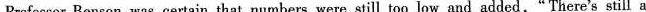
Professor Benson was certain that numbers were still too low and added,"There's still a